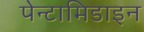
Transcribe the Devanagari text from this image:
पेन्टामिडाइन